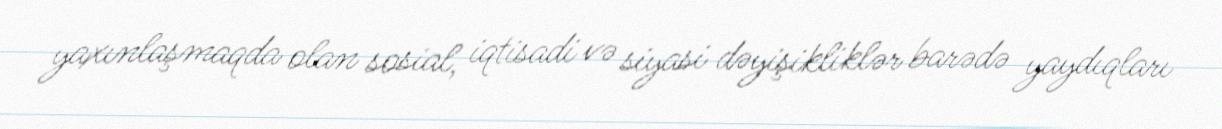
yaxınlaşmaqda olan sosial, iqtisadi və siyasi dəyişikliklər barədə yaydıqları